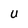
Character: U